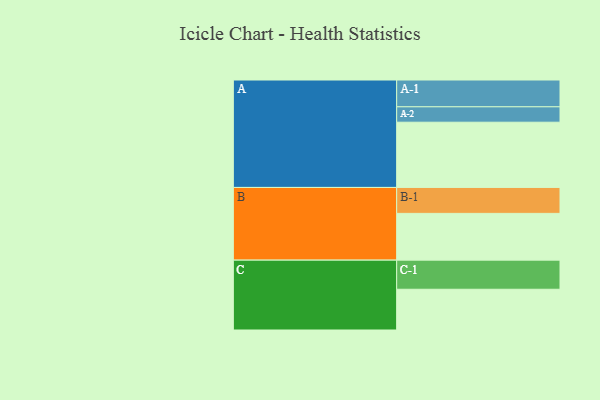
{"axis": {"x": "Segment", "y": "Value"}, "legend": ["", "A", "B", "C"], "data": [{"x": "A", "y": 533, "type": ""}, {"x": "B", "y": 382, "type": ""}, {"x": "C", "y": 333, "type": ""}, {"x": "A-1", "y": 219, "type": "A"}, {"x": "A-2", "y": 126, "type": "A"}, {"x": "B-1", "y": 212, "type": "B"}, {"x": "C-1", "y": 238, "type": "C"}]}